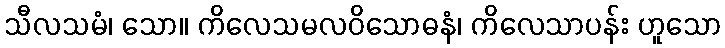
သီလသမံ၊ သော။ ကိလေသမလဝိသောဓနံ၊ ကိလေသာပန်း ဟူသော